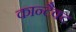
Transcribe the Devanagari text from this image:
कान्टैक्ट